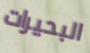
البحيرات